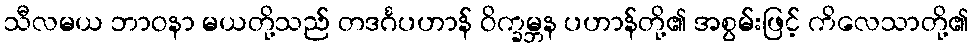
သီလမယ ဘာဝနာ မယတို့သည် တဒင်္ဂပဟာန် ဝိက္ခမ္ဘန ပဟာန်တို့၏ အစွမ်းဖြင့် ကိလေသာတို့၏